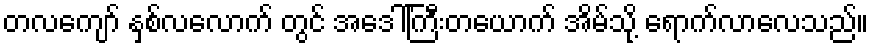
တလကျော် နှစ်လလောက် တွင် အဒေါ်ကြီးတယောက် အိမ်သို့ ရောက်လာလေသည်။